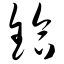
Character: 铪